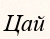
Цай